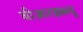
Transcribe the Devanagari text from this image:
बीआरडब्ल्यू